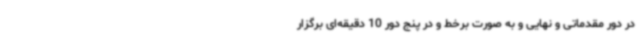
در دور مقدماتی و نهایی و به صورت برخط و در پنج دور 10 دقیقه‌ای برگزار